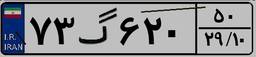
۷۳گ۶۲۰۵۰